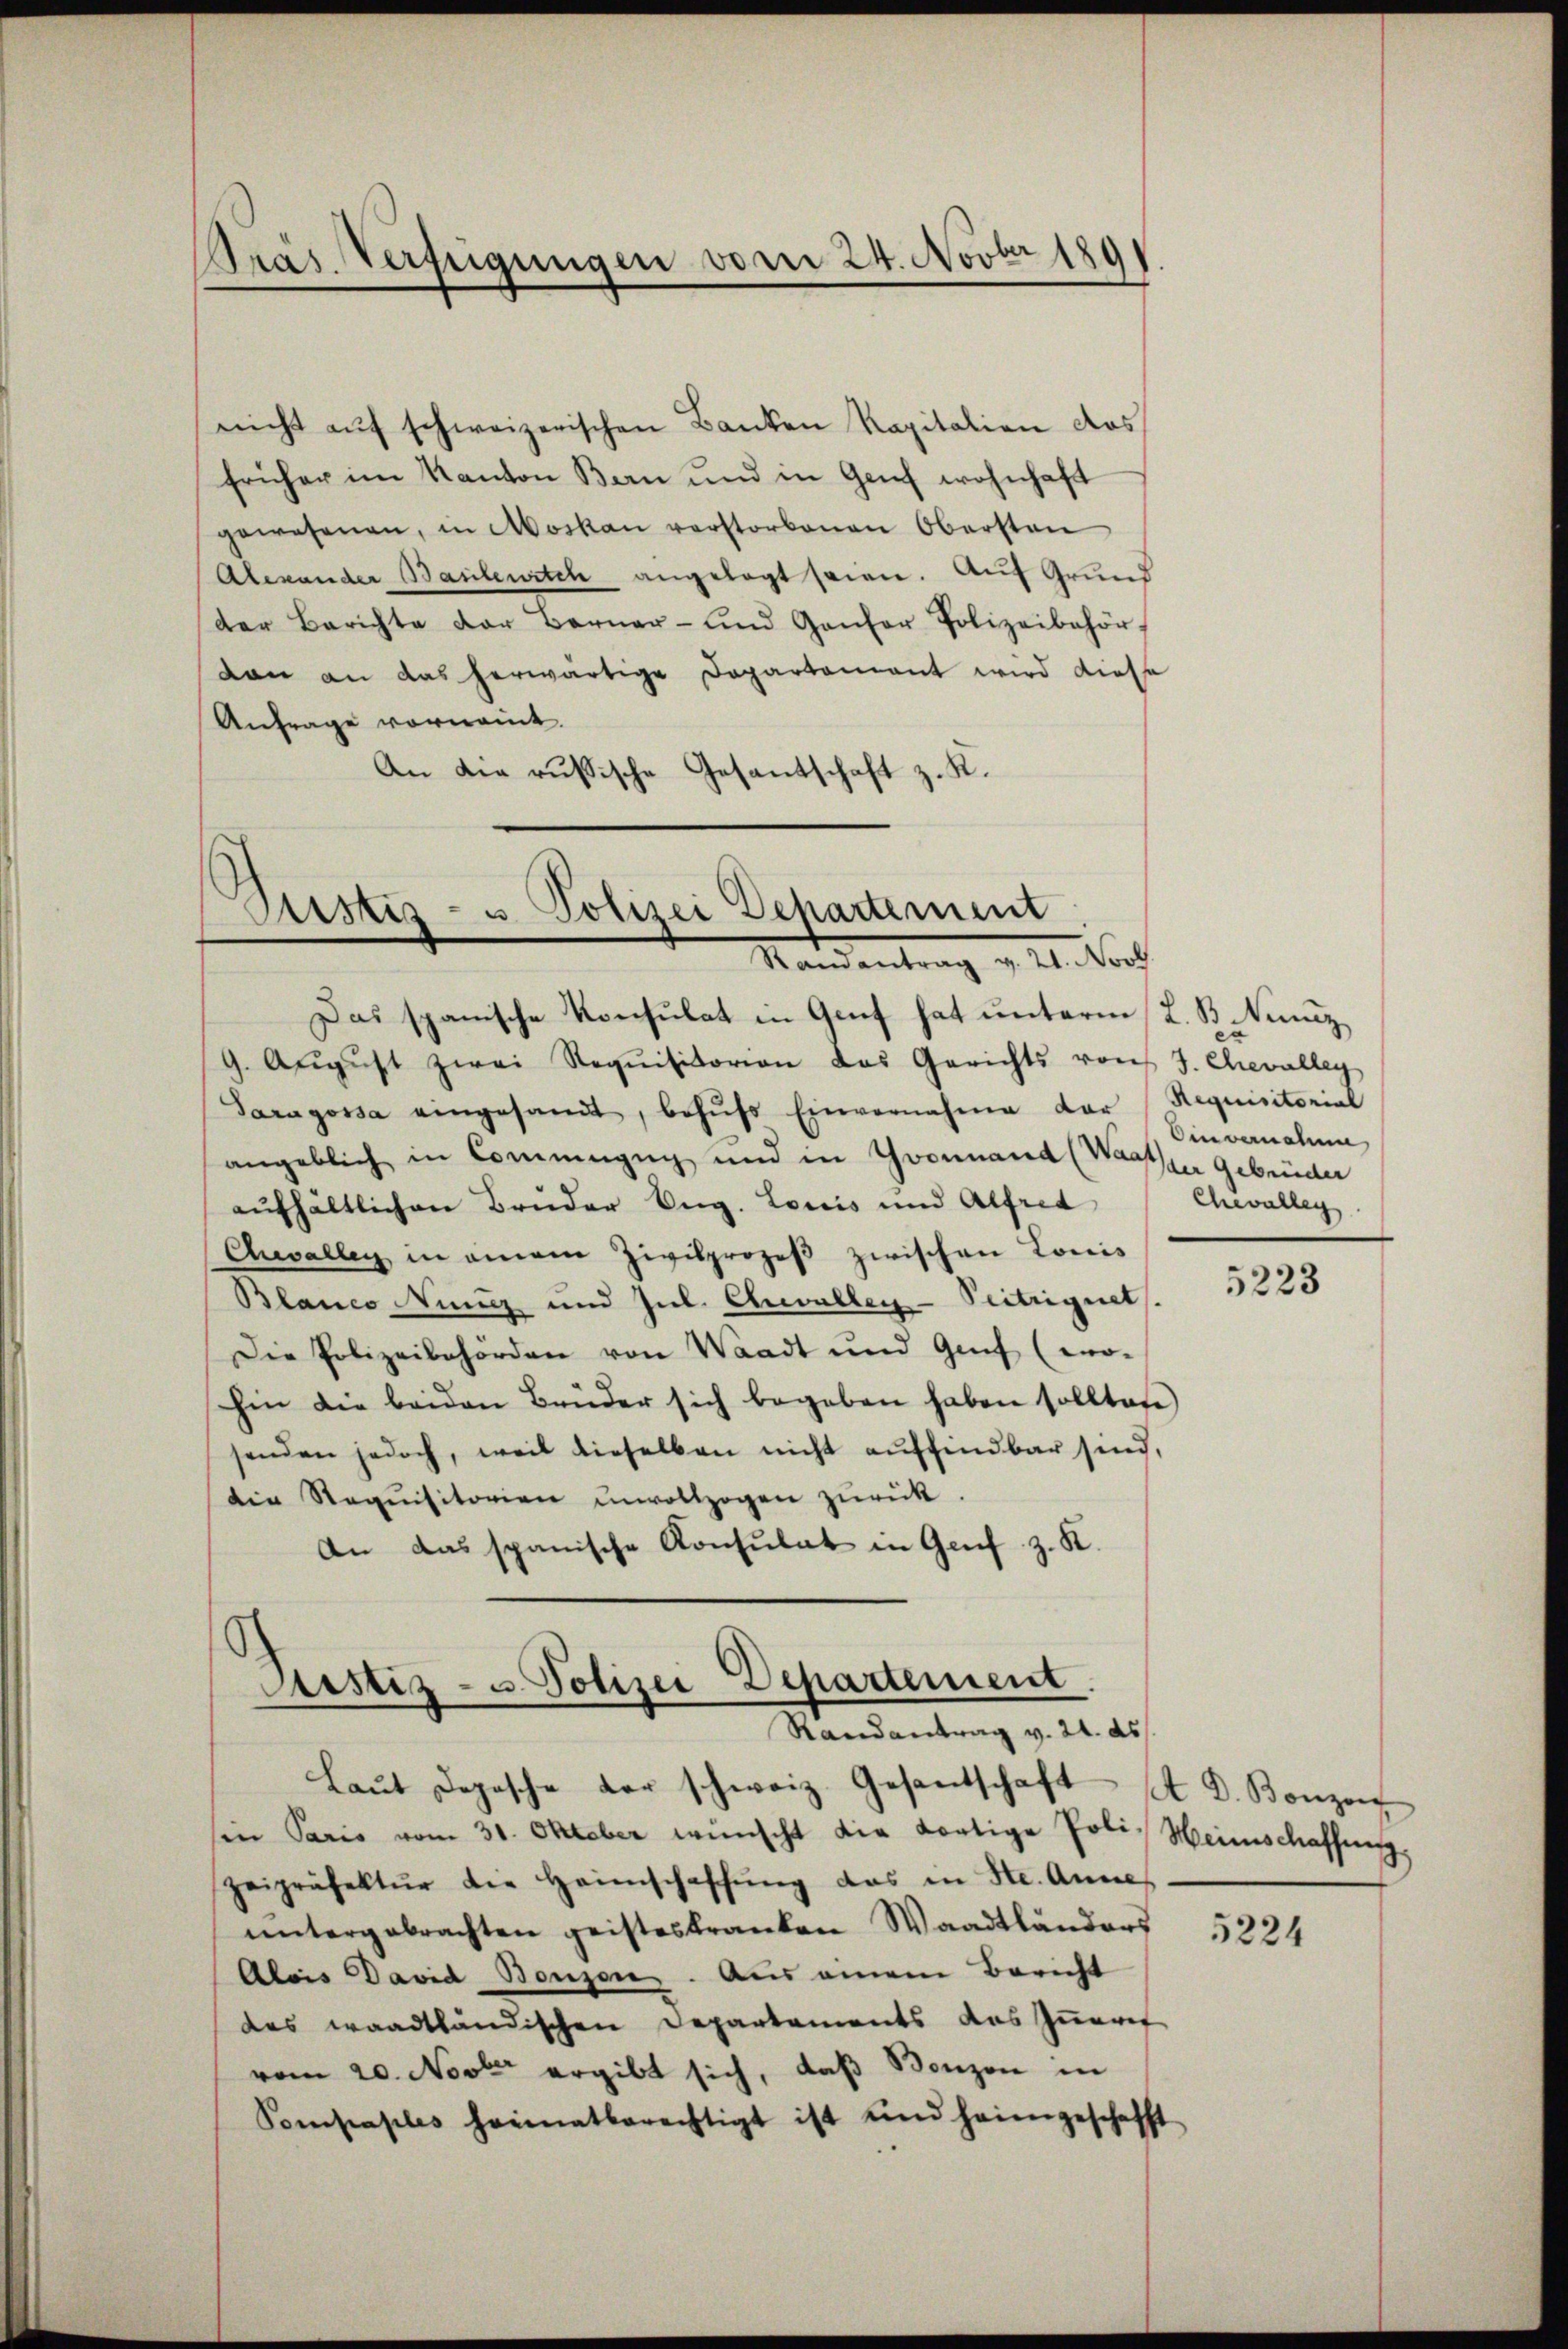
Präs. Verfügungen vom 24. Novbr 189

nicht aŭf schweizerischen Banken Kapitalien das
früher im Kanton Bern und in Genf wohnhaft
gewesenen, in Moskau verstorbenen Obersten
Alexander Baulewitch angelegt seien. Auf Grund
der Berichte der Berner- und Gantor Polizeibehör
von an das herwärtige Departement wird diese
Anfrage vornamt.
An die russische Gesantschaft z. K.

Cristiz- u Polizei Departement
Mandantrag v. M. Nach

Das spanische Konsulat in Genf hat unterm 12. B. Nunz
9. Aŭgŭst zwei Requisitorion das Gerichts von J. Chevalley
Paragossa eingesandt, behŭfs Einvernahme der (Requisitorial
angeblich in Commugug und in Goonnand (Wasser Gebrüder
aŭfhältlichen Bruder Aug. Louis und Alfred
Awallen in einem Zivilprozeβ zwischen Lonis
Blanco Ninz und Jul. Chevallen-Peitriguet
Die Polizeibehörden von Waadt und Genf (wo-
hin die beiden Brüder sich begeben haben sollten)
senden jedoch, weil dieselben nicht auffindbar sind,
die Steqŭisitorien unvollzogen zŭrück.
An das spanische Konsulat in Genf z. K.

Sistiz- u. Polizei Departement
Randantrag v. 24. ds

Einvernaten
Chevalleg

Laŭt Depesche der schweiz. Gesantschaft A. D. Bonzon
sein Paris vom 31. Oktober wünscht die dortige Poli, Weinschaffung,
zeipräfektŭr die Heimschaffŭng das in Ste. Anne
ŭntergebrachten geisteskranken Waadtländers
Alois David Bonzen. Aus einem Bericht
das waadtländischen Departements das Inneref
vom 20. Novber ergibt sich, daß Bonzon in
Pompaples heimatberechtigt ist und heimgeschafft

5223

5224